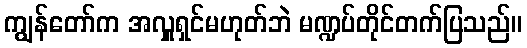
ကျွန်တော်က အလှူရှင်မဟုတ်ဘဲ မဏ္ဍပ်တိုင်တက်ပြသည်။